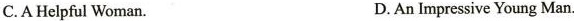
C.A Helpful Woman. D. An Impressive Young Man.